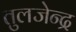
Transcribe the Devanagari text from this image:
तुलजेन्द्र